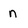
Character: n